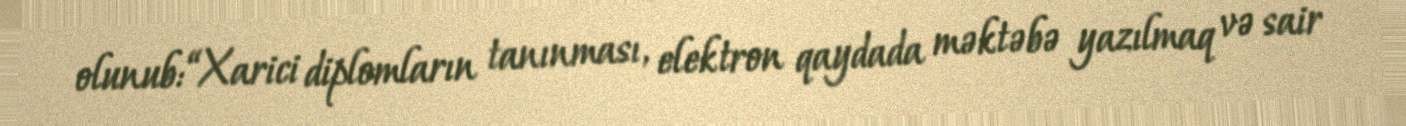
olunub: “Xarici diplomların tanınması, elektron qaydada məktəbə yazılmaq və sair